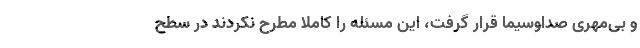
و بی‌مهری صداوسیما قرار گرفت، این مسئله را کاملاً مطرح نکردند در سطح